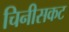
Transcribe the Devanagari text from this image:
चिनीसकट